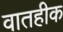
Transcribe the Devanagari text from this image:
वातहीक